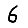
Digit: 6